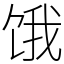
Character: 饿